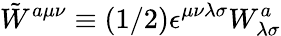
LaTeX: \tilde{W}^{a\mu\nu}\equiv(1/2)\epsilon^{\mu\nu\lambda\sigma}W_{\lambda\sigma}^{a}